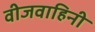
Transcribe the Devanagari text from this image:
वीजवाहिनी